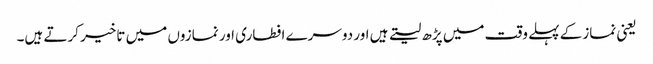
یعنی نمازکے پہلے وقت میں پڑھ لیتے ہیں اور دوسرے افطاری اور نمازوں میں تاخیر کرتے ہیں۔